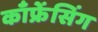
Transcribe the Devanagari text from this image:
काँफ्रेंसिंग